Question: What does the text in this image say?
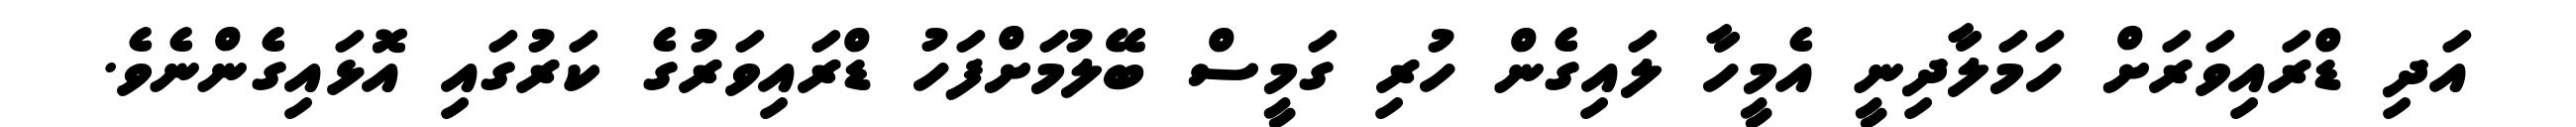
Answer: އަދި ޑްރައިވަރަށް ހަމަލާދިނީ އެމީހާ ލައިގެން ހުރި ގަމީސް ބޭލުމަށްފަހު ޑްރައިވަރުގެ ކަރުގައި އޮޅައިގެންނެވެ.